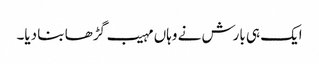
ایک ہی بارش نے وہاں مہیب گڑھا بنا دیا۔